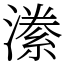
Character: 潫